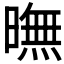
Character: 𣊲